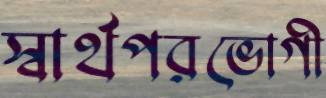
স্বার্থপরভোগী